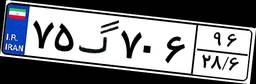
۹۱گ۲۹۴۹۱